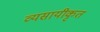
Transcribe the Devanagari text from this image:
व्यसायीकृत